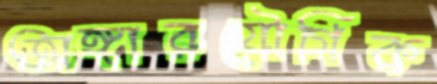
অঙ্গারযৌগিক